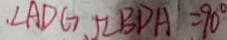
\angle A D G + \angle B D A = 9 0 ^ { \circ }